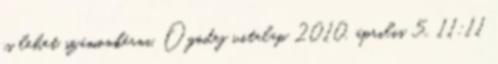
is lehet számonkérni. Ogodej vitalap 2010. április 5., 11:11